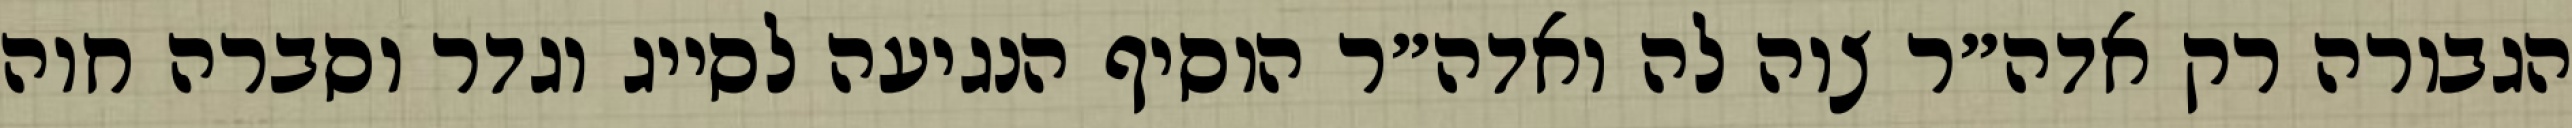
הגבורה רק אדה״ר צוה לה ואדה״ר הוסיף הנגיעה לסייג וגדר וסברה חוה